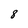
Character: 8